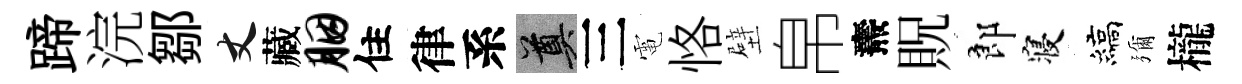
蹄浣鄒丈藏胭住律系奠三電恪壁帛燾貺郎寝縞彌櫳